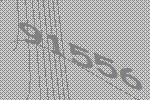
91556